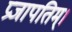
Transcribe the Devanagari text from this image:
प्रजापतिम्।